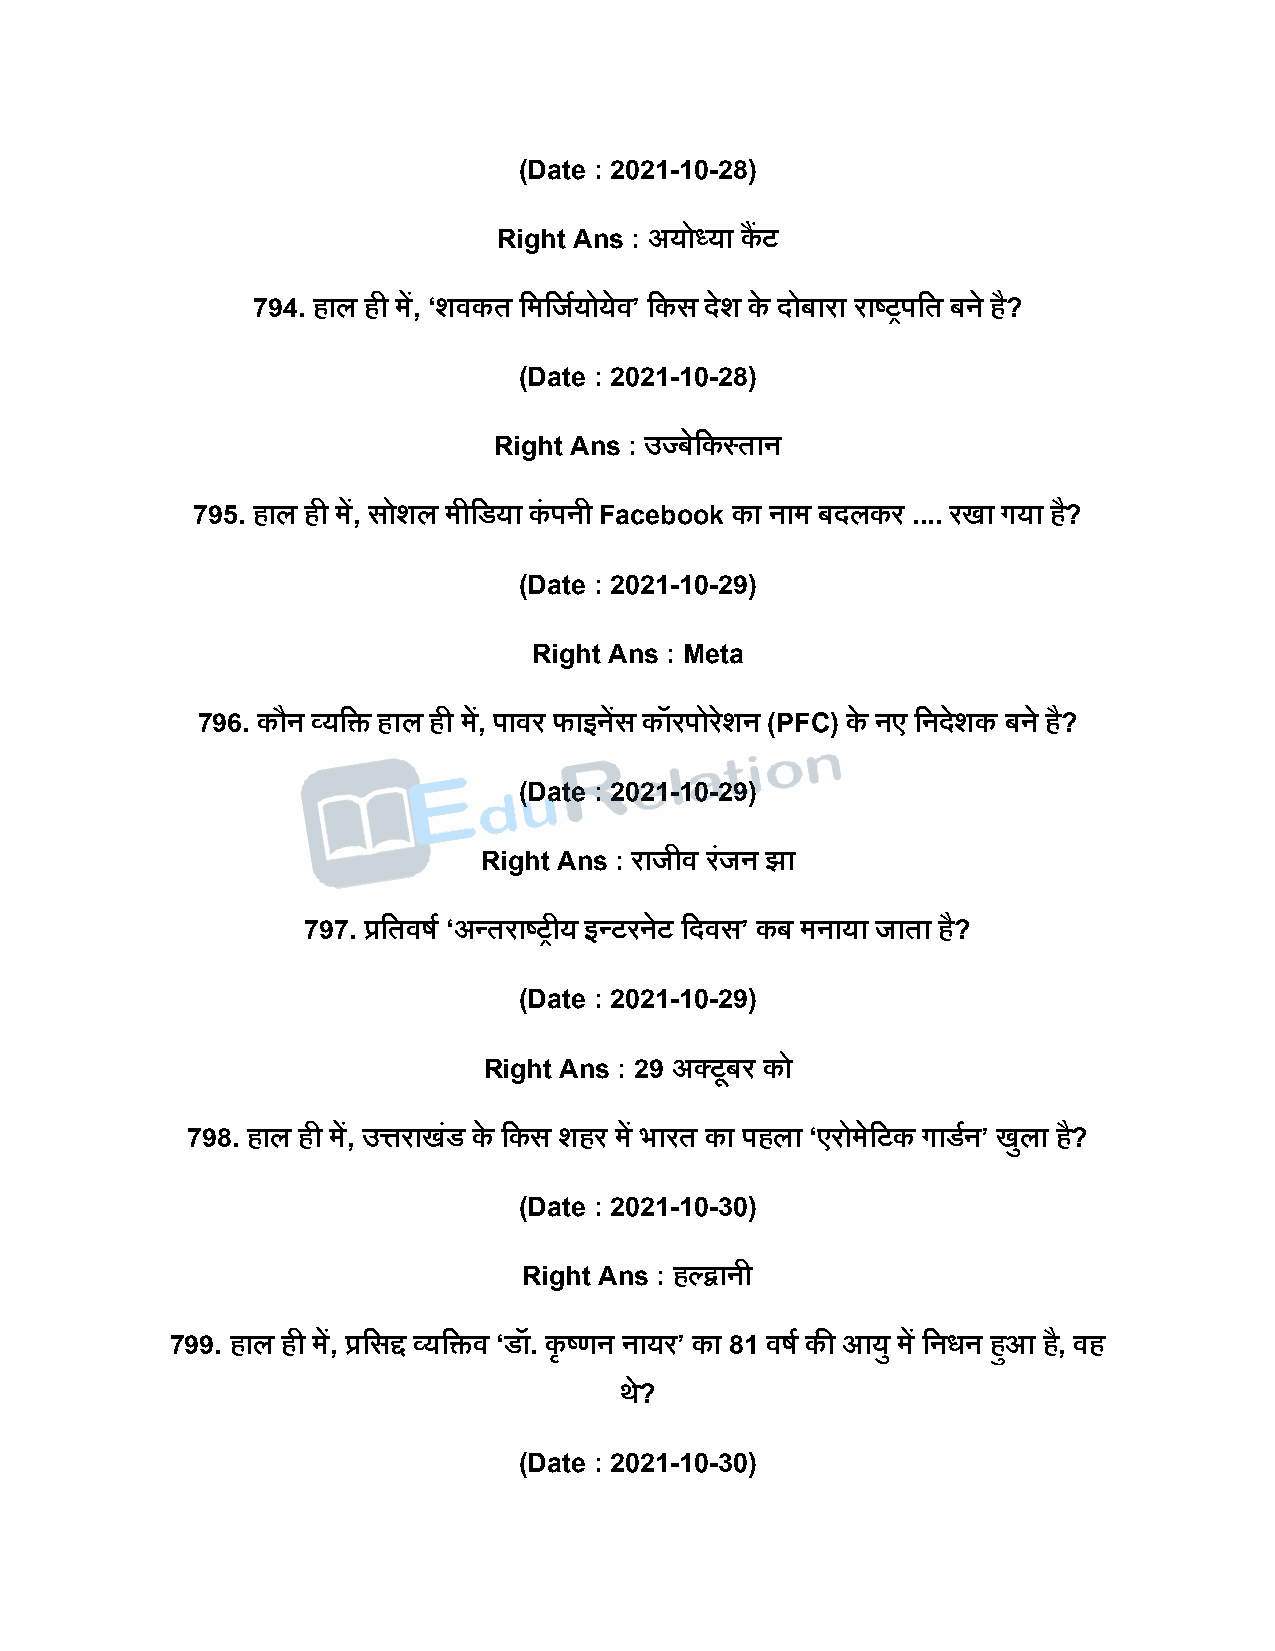
(Date : 2021-10-28)
 Right Ans : अयोध्या कैंट
 794. हाल ही में, ‘शवकत दमदजषयोयेव’ दकस िेश के िोबारा राष्ट्रिदत बने है?
 (Date : 2021-10-28)
 Right Ans : उज्बेदकस्तान
 795. हाल ही में, सोशल मीदडया कं िनी Facebook का नाम बिलकर .... रखा गया ह?ै
 (Date : 2021-10-29)
 Right Ans : Meta
 796. कौन व्यदि हाल ही में, िावर फाइनेंस कॉरिोरशे न (PFC) के नए दनिेशक बने है?
 (Date : 2021-10-29)
 Right Ans : राजीव रजं न झा
 797. प्रदतवर्ष ‘अन्तराष्ट्रीय इन्टरनेट दिवस’ कब मनाया जाता है?
 (Date : 2021-10-29)
 Right Ans : 29 अक्टूबर को
 798. हाल ही में, उत्तराखंड के दकस शहर में भारत का िहला ‘एरोमेदटक गाडषन’ खुला है?
 (Date : 2021-10-30)
 Right Ans : हल्द्वानी
 799. हाल ही में, प्रदसद्द व्यदिव ‘डॉ. कृ ष्ट्णन नायर’ का 81 वर्ष की आयु में दनधन हुआ है, वह
 थ?े
 (Date : 2021-10-30)